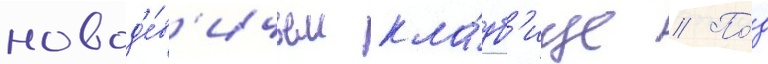
новод'е́в'ичьем кла́дб'ище // По́д